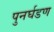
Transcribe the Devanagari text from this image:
पुनर्घडण